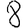
Digit: 8